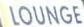
LOUNGE